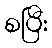
စပြီး